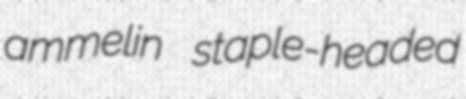
ammelin staple-headed